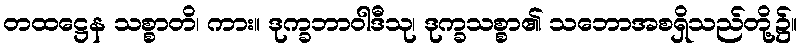
တထဋ္ဌေန သစ္စာတိ၊ ကား။ ဒုက္ခဘာဝါဒီသု၊ ဒုက္ခသစ္စာ၏ သဘောအစရှိသည်တို့၌။